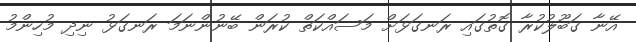
އޭނާ ގަބޫލުކުރާ ގޮތުގައި ރަނގަޅަށް މަސައްކަތް ކުރަން ބޭނުންނަމަ ރަނގަޅު ނިދި މުހިންމު